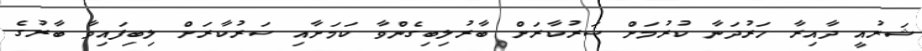
ޝަރުއީ ދާއިރާ ހަރުދަނާ ކުރުމަށް ސަރުކާރަށް ބާރުލިބިގެންވާ ކަމަށާއި ސަރުކާރަށް ލިބިފައިވާ ބާރުގެ